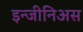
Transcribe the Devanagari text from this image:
इन्जीनिअस